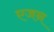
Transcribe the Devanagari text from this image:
एजन